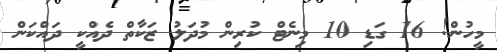
މީހުން! 16 ގަޑި 10 މިނެޓް ކުރިން މުދަލު ޒަކާތް ދެއްކީ ދައްކަން